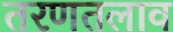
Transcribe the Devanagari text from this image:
तरणतलाव